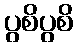
ပွစိပွစိ